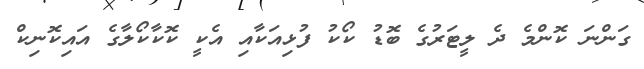
ގަންނަ ކޮންމެ ދެ ލީޓަރުގެ ބޮޑު ކޯކު ފުޅިއަކާއި އެކީ ކޮކާކޯލާގެ އައިކޮނިކް